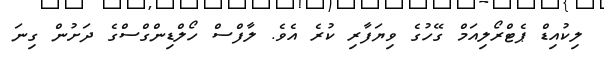
ލިކުއިޑް ޕެޓްރޯލިއަމް ގޭހުގެ ވިޔަފާރި ކުރެ އެވެ. ލާފްސް ހޯލްޑިންގްސްގެ ދަށުން ގިނަ